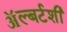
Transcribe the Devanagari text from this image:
ॲल्बर्टशी